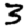
Digit: 3